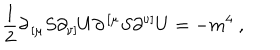
{ \frac { 1 } { 2 } } \partial _ { \, [ \mu } S \partial _ { \nu ] } U \partial ^ { \, [ \mu } S \partial ^ { \nu ] } U = - m ^ { 4 } \ ,